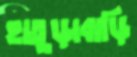
হাতুড়াবাড়ি